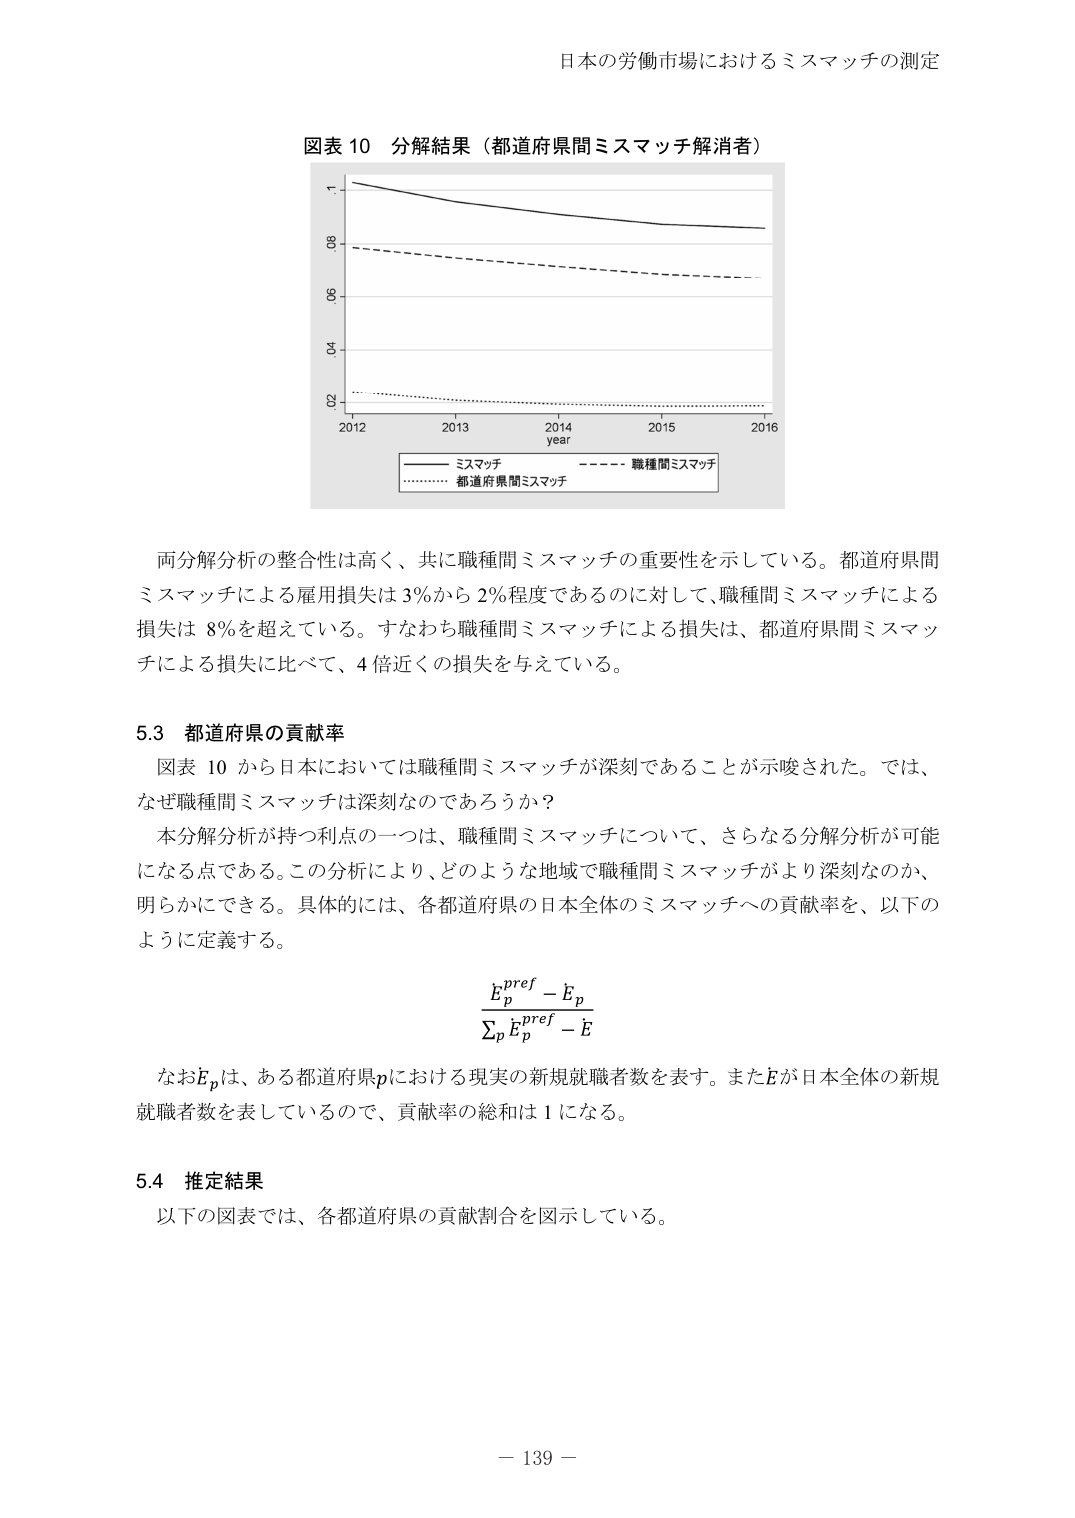
日本の労働市場におけるミスマッチの測定

図表 10 分解結果（都道府県間ミスマッチ解消者）

1.0
0.8
0.6
0.4
0.2
2012 2013 2014 2015 2016
year
ミスマッチ
職種間ミスマッチ
都道府県間ミスマッチ

両分解分析の整合性は高く、共に職種間ミスマッチの重要性を示している。都道府県間ミスマッチによる雇用損失は3％から2％程度であるのに対して、職種間ミスマッチによる損失は8％を越えている。すなわち職種間ミスマッチによる損失は、都道府県間ミスマッチによる損失に比べて、4倍近くの損失を与えている。

5.3 都道府県の貢献率
図表 10 から日本においては職種間ミスマッチが深刻であることが示唆された。では、なぜ職種間ミスマッチは深刻なのであろうか？
本分解分析が持つ利点の一つは、職種間ミスマッチについて、さらなる分解分析が可能になる点である。この分析により、どのような地域で職種間ミスマッチがより深刻なのか、明らかにできる。具体的には、各都道府県の日本全体のミスマッチへの貢献率を、以下のように定義する。

E_p^{pref} - E_p
∑_p E_p^{pref} - E

なおE_pは、ある都道府県pにおける現実の新規就職者数を表す。またEが日本全体の新規就職者数を表しているので、貢献率の総和は1になる。

5.4 推定結果
以下の図表では、各都道府県の貢献割合を図示している。

－ 139 －